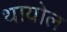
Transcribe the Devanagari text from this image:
थायोल